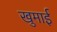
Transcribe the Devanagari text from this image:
खुमाई